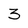
Character: 3